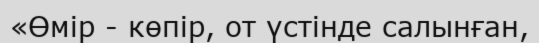
«Өмір - көпір, от үстінде салынған,